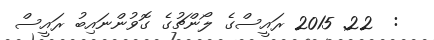
:  22